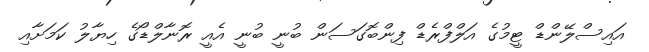
އައިސްލޭންޑް ޓީމުގެ އަލްފްރެޑް ފިންބޮގަސަން ބުނީ ބުނީ އެއީ ރޮނާލްޑޯގެ ހިޔާލު ކަމަށާއި